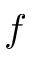
f